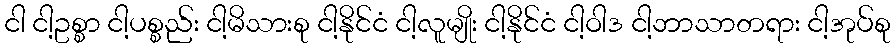
ငါ ငါ့ဥစ္စာ ငါ့ပစ္စည်း ငါ့မိသားစု ငါ့နိုင်ငံ ငါ့လူမျိုး ငါ့နိုင်ငံ ငါ့ဝါဒ ငါ့ဘာသာတရား ငါ့အုပ်စု